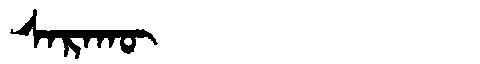
Manchu: ᠰᠠᡵᠠᡴᡡ
Romanization: SARAKŪ